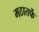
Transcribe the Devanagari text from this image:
मठातर्फे